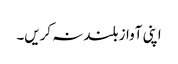
اپنی آواز بلند نہ کریں۔